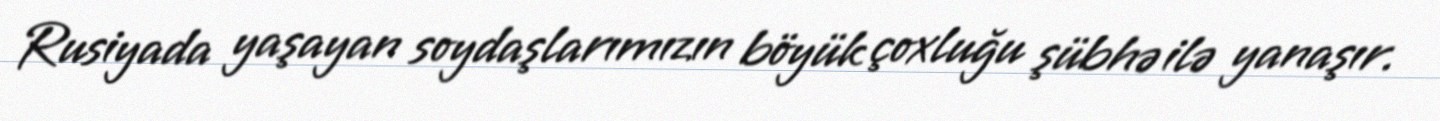
Rusiyada yaşayan soydaşlarımızın böyük çoxluğu şübhə ilə yanaşır.